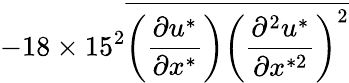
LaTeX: -18\times 15^{2}\overline{{\left(\frac{\partial u^{*}}{\partial x^{*}}\right)\left(\frac{\partial^{2}u^{*}}{\partial x^{*2}}\right)^{2}}}